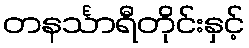
တနင်္သာရီတိုင်းနှင့်